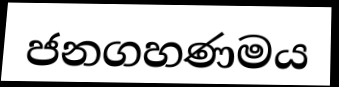
ජනගහණමය